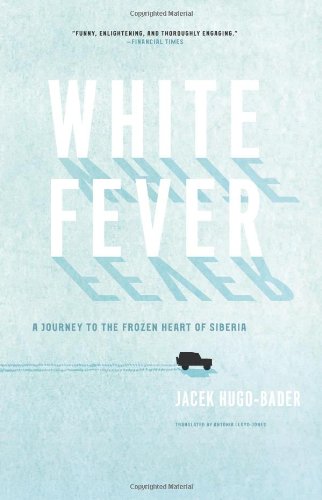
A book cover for White Fever: A Journey to the Frozen Heart of Siberia; Jacek Hugo-Bader; Travel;